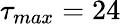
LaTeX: \tau_{max}=24